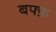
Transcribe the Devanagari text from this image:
बफ्फ़